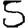
Digit: 5